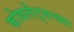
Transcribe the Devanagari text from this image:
कोबलेंट्सच्या